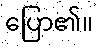
ပြော၏။